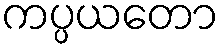
ကပ္ပယတော